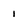
Character: i